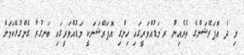
މި ދެ އޮޕަރޭޝަންގެ ތެރެއިން ރ.މަޑުއްވަރީގައި ހިންގި އޮޕަރޭޝަނަކީ މަޑުއްވަރީގައި ބަނގުރާ ގެންގުޅޭކަމަށް